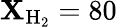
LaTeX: \mathbf{X}_{\mathrm{{H_{2}}}}=80